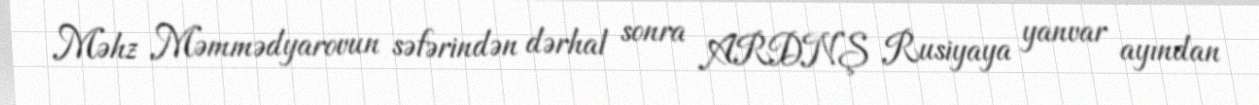
Məhz Məmmədyarovun səfərindən dərhal sonra ARDNŞ Rusiyaya yanvar ayından